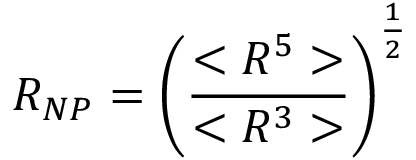
R _ { N P } = \left( \frac { < R ^ { 5 } > } { < R ^ { 3 } > } \right) ^ { \frac { 1 } { 2 } }